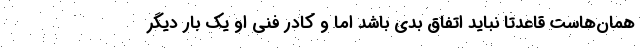
همان‌هاست قاعدتاً نباید اتفاق بدی باشد اما و کادر فنی او یک بار دیگر